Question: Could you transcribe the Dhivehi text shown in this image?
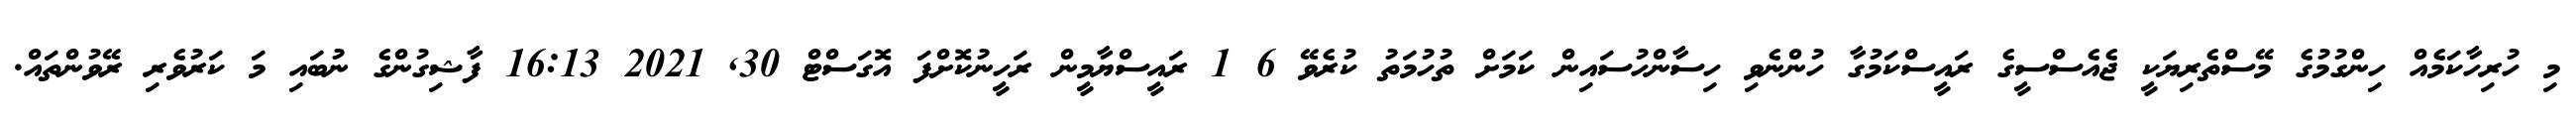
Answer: މި ހުރިހާކަމެއް ހިންގުމުގެ މޭސްތެރިޔަކީ ޖެއެސްސީގެ ރައީސްކަމުގާ ހުންނެވި ހިސާންހުސައިން ކަމަށް ތުހުމަތު ކުރެވޭ 6 1 ރައީސްޔާމީން ރަހީނުކޮށްފަ އޮގަސްޓް 30, 2021 16:13 ފާޝިގުންގެ ނުބައި މަ ކަރުވެރި ރޭވުންތައް.